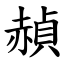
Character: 赬